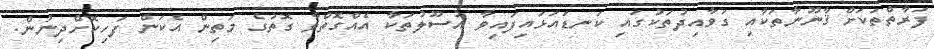
ފަރާތްތަކަށް ޤާނޫނާތަކާއި ގަވާއިދުތަކުގައި ކަނޑައަޅައިފައިވާ އުސޫލުތަކާ އެއްގޮތްވާ ގޮތުގެ މަތިން އެކަން ފަހިކޮށްދިނުން.